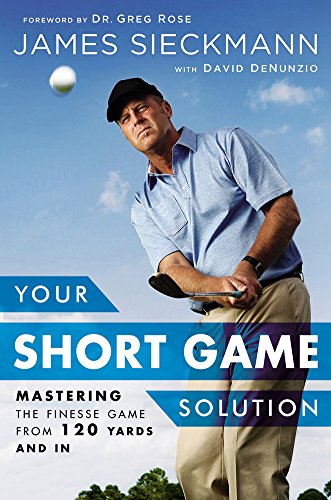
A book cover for Your Short Game Solution: Mastering the Finesse Game from 120 Yards and In; James Sieckmann; Sports & Outdoors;